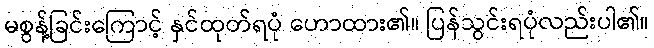
မစွန့်ခြင်းကြောင့် နှင်ထုတ်ရပုံ ဟောထား၏။ ပြန်သွင်းရပုံလည်းပါ၏။